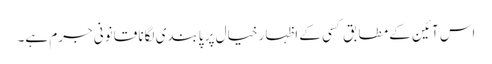
اس آئین کے مطابق کسی کے اظہار خیال پر پابندی لگانا قانونی جرم ہے۔